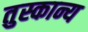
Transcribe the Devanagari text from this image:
तुस्कान्य